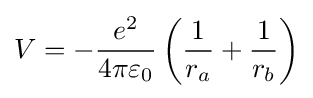
V=-{\frac {e^{2}}{4\pi \varepsilon _{0}}}\left({\frac {1}{r_{a}}}+{\frac {1}{r_{b}}}\right)